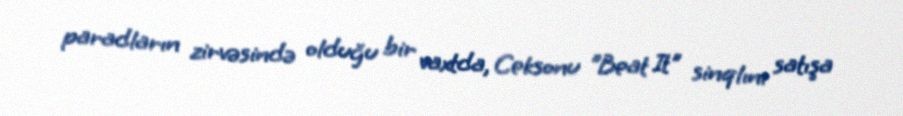
paradların zirvəsində olduğu bir vaxtda, Ceksonu "Beat It" sinqlını satışa